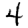
Digit: 4